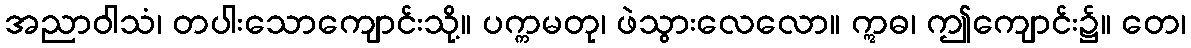
အညာဝါသံ၊ တပါးသောကျောင်းသို့။ ပက္ကမတု၊ ဖဲသွားလေလော။ ဣဓ၊ ဤကျောင်း၌။ တေ၊